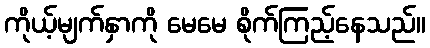
ကိုယ့်မျက်နှာကို မေမေ စိုက်ကြည့်နေသည်။